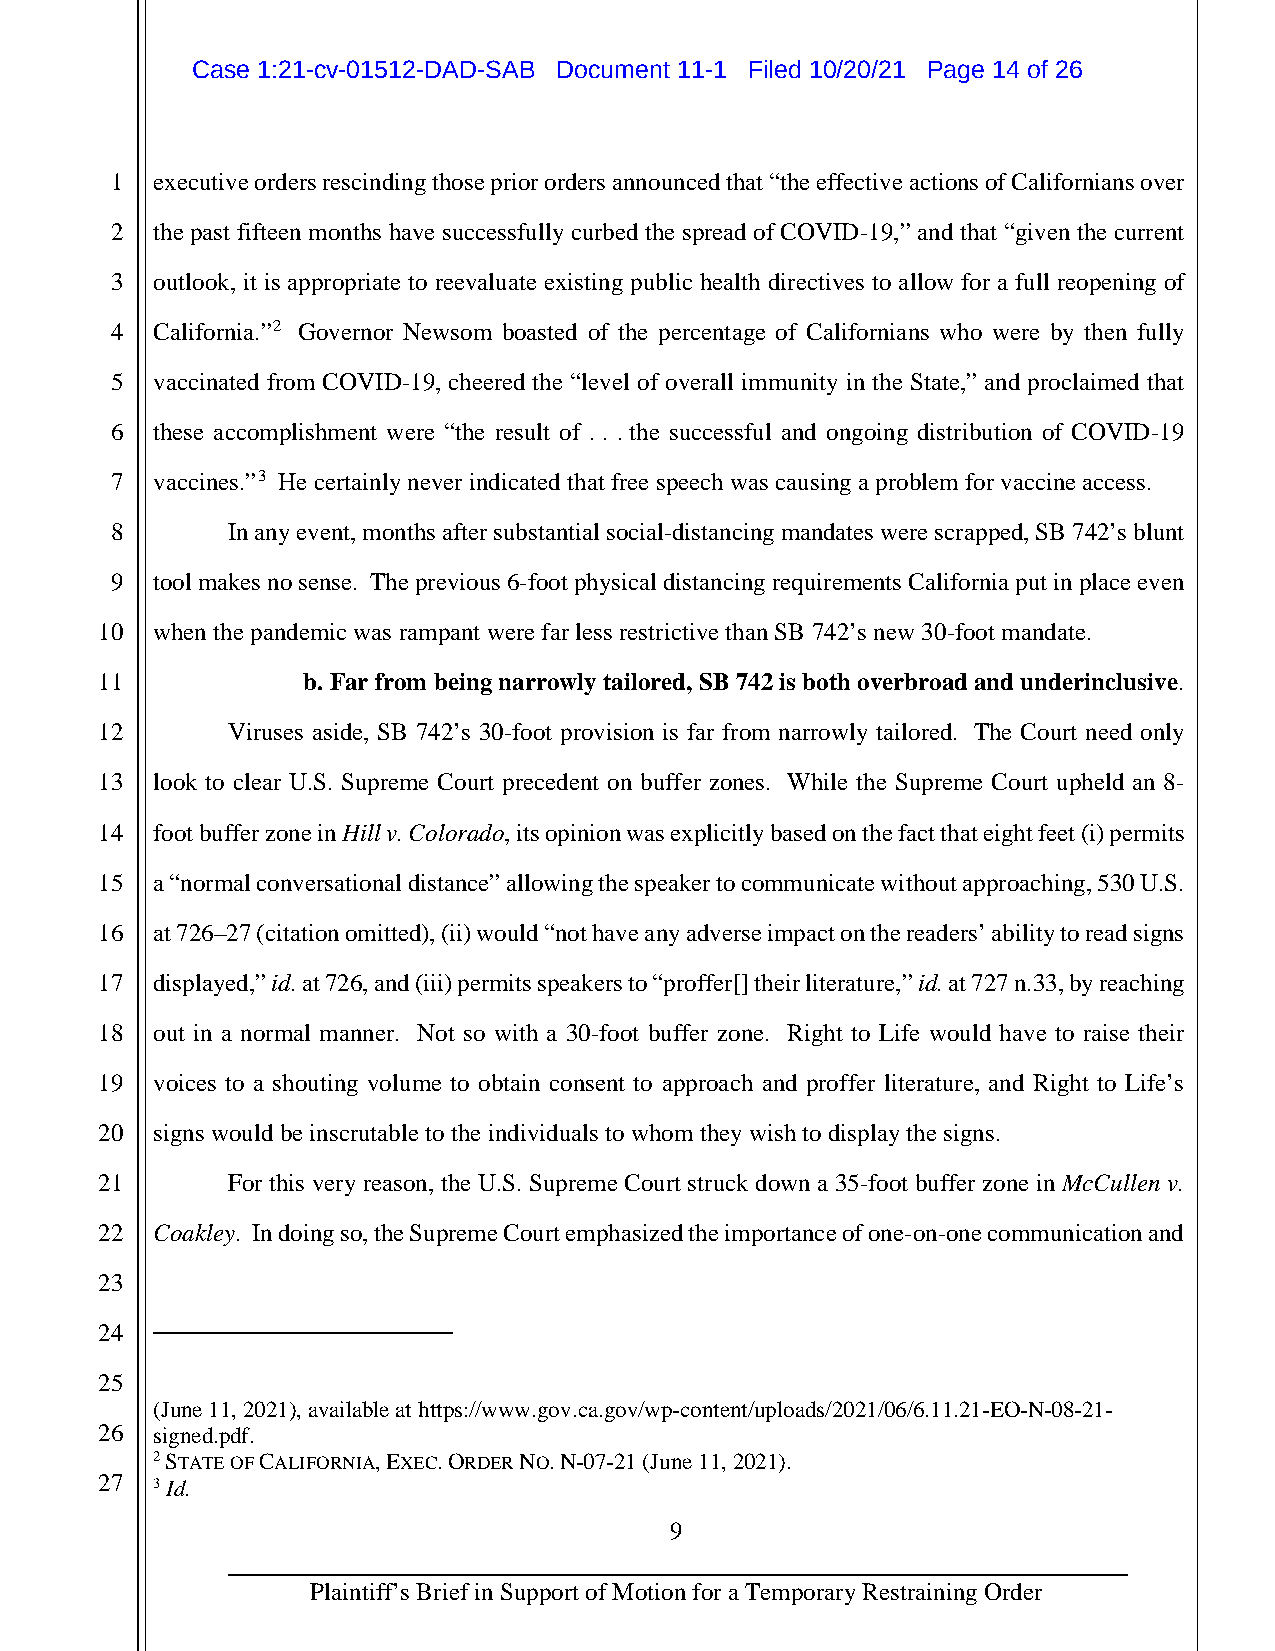
Case 1:21-cv-01512-DAD-SAB Document 11-1 Filed 10/20/21 Page 14 of 26
 1  executive orders rescinding those prior orders announced that “the effective actions of Californians over
 2  the past fifteen months have successfully curbed the spread of COVID-19,” and that “given the current
 3  outlook, it is appropriate to reevaluate existing public health directives to allow for a full reopening of
 4  California.”2 Governor Newsom boasted of the percentage of Californians who were by then fully
 5  vaccinated from COVID-19, cheered the “level of overall immunity in the State,” and proclaimed that
 6  these accomplishment were “the result of . . . the successful and ongoing distribution of COVID-19
 7  vaccines.”3 He certainly never indicated that free speech was causing a problem for vaccine access.
 8       In any event, months after substantial social-distancing mandates were scrapped, SB 742’s blunt
 9  tool makes no sense. The previous 6-foot physical distancing requirements California put in place even
 10  when the pandemic was rampant were far less restrictive than SB 742’s new 30-foot mandate.
 11            b. Far from being narrowly tailored, SB 742 is both overbroad and underinclusive.
 12       Viruses aside, SB 742’s 30-foot provision is far from narrowly tailored. The Court need only
 13  look to clear U.S. Supreme Court precedent on buffer zones. While the Supreme Court upheld an 8-
 14  foot buffer zone in Hill v. Colorado, its opinion was explicitly based on the fact that eight feet (i) permits
 15  a “normal conversational distance” allowing the speaker to communicate without approaching, 530 U.S.
 16  at 726–27 (citation omitted), (ii) would “not have any adverse impact on the readers’ ability to read signs
 17  displayed,” id. at 726, and (iii) permits speakers to “proffer[] their literature,” id. at 727 n.33, by reaching
 18  out in a normal manner. Not so with a 30-foot buffer zone. Right to Life would have to raise their
 19  voices to a shouting volume to obtain consent to approach and proffer literature, and Right to Life’s
 20  signs would be inscrutable to the individuals to whom they wish to display the signs.
 21       For this very reason, the U.S. Supreme Court struck down a 35-foot buffer zone in McCullen v.
 22  Coakley. In doing so, the Supreme Court emphasized the importance of one-on-one communication and
 23
 24
 25
 (June 11, 2021), available at https://www.gov.ca.gov/wp-content/uploads/2021/06/6.11.21-EO-N-08-21-
 26  signed.pdf.
 2 STATE OF CALIFORNIA, EXEC. ORDER NO. N-07-21 (June 11, 2021).
 27  3 Id.
 9
 Plaintiff’s Brief in Support of Motion for a Temporary Restraining Order